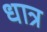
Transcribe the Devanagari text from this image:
धात्र